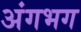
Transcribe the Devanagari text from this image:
अंगभग